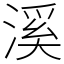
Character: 溪